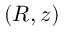
( R , z )